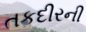
તકદીરની